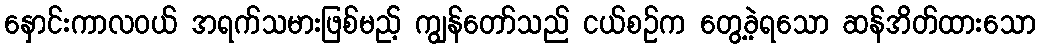
နှောင်းကာလဝယ် အရက်သမားဖြစ်မည့် ကျွန်တော်သည် ငယ်စဉ်က တွေ့ခဲ့ရသော ဆန်အိတ်ထားသော